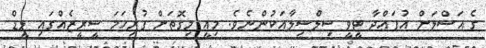
ގެ އަސްލަށް އުފައްދާ ޓީވީ ސިލްސިލާއަކުންނެވެ. މިއީ މިގޮތަށް ފުރިހަމަ ސީރީޒެއްގައި ލީޑް